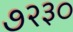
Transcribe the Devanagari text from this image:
७२३०